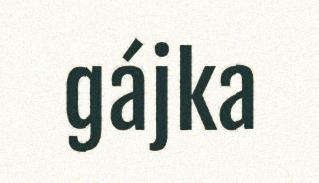
gájka